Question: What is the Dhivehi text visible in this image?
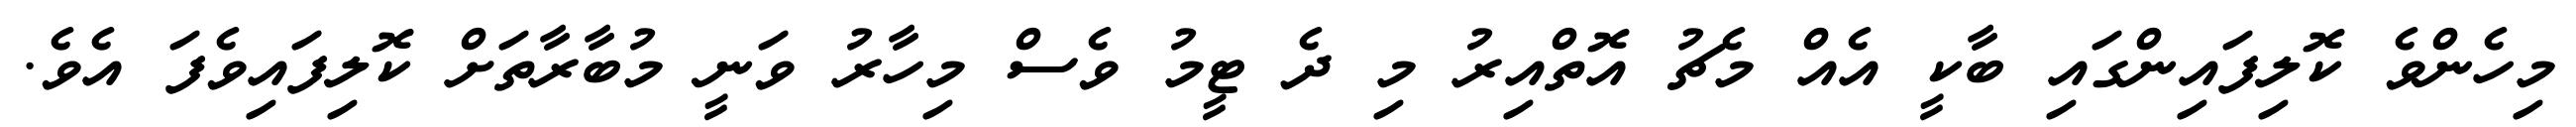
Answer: މިހެންވެ ކޮލިފައިންގައި ބާކީ އެއް މެޗު އޮތްއިރު މި ދެ ޓީމު ވެސް މިހާރު ވަނީ މުބާރާތަށް ކޮލިފައިވެފަ އެވެ.